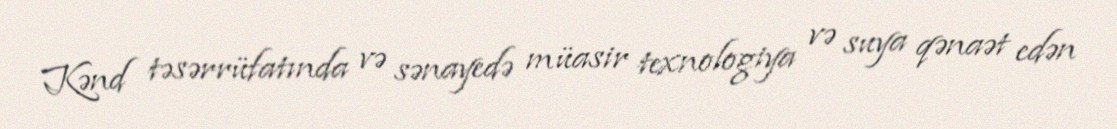
Kənd təsərrüfatında və sənayedə müasir texnologiya və suya qənaət edən